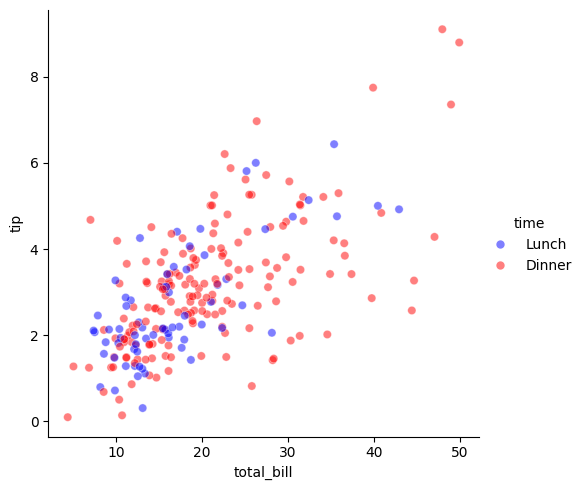
python, seaborn, relplot, alpha=0.5